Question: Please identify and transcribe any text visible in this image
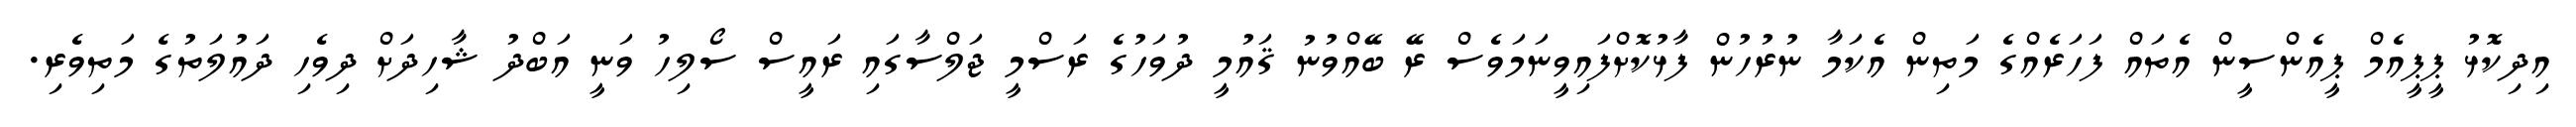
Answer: އިދިކޮޅު ޕީޕީއެމް ޕީއެންސީން އެތައް ފަހަރެއްގެ މަތިން އެކަމާ ނުރުހުން ފާޅުކޮށްފައިވީނަމަވެސް ރޭ ބޭއްވުނު ޤައުމީ ދުވަހުގެ ރަސްމީ ޖަލްސާގައި ރައީސް ސޯލިހު ވަނީ އަބްދު ޝާހިދަށް ދިވެހި ދައުލަތުގެ މަތިވެރި.